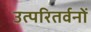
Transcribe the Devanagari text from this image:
उत्परितर्वनों